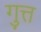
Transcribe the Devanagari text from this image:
गुत्त